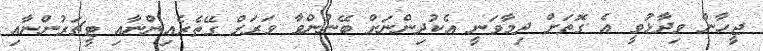
ޖީހާން ވިދާޅުވީ އެ ގޮތަށް ދިމާވަނީ އެކުދިންނަށް ބޭނުންވާ ވަރަށް ގޭތެރެއިންނާއި ޓީޗަރުންނާއި